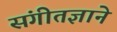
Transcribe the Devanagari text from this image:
संगीतज्ञाने